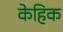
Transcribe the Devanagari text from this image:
केहिक